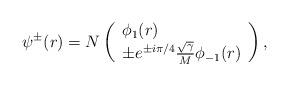
LaTeX: \begin{align*}\psi ^{\pm }(r)=N\left( \begin{array}{l}\phi _{1}(r) \\ \pm e^{\pm i\pi /4}\frac{\sqrt{\gamma }}{M}\phi _{-1}(r)\end{array}\right) , \end{align*}